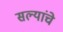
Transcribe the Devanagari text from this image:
सल्यांचे